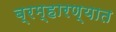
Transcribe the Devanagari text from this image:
ब्रम्हारण्यात